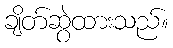
ချိတ်ဆွဲထားသည်။